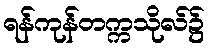
ရန်ကုန်တက္ကသိုလ်၌